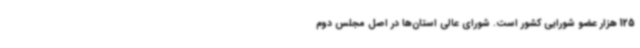
125 هزار عضو شورایی کشور است. شورای عالی استان‌ها در اصل مجلس دوم